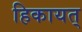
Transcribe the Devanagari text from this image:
हिकायत्‌